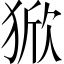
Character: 𰡚